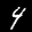
Label: 4